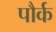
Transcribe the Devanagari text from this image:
पौर्क